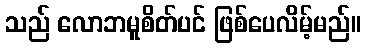
သည် လောဘမူစိတ်ပင် ဖြစ်ပေလိမ့်မည်။